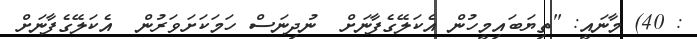
: 40) މާނައީ: "ތިޔަބައިމީހުން އެކަލޭގެފާނަށް  ނުދިނަސް ހަމަކަށަވަރުން  އެކަލޭގެފާނަށް